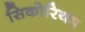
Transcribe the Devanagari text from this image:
सिकोरियम